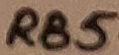
Text: RB5